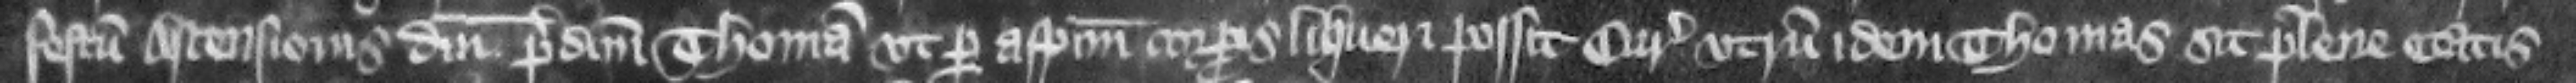
festum Ascensionis Domini predictum Thomam vt per aspectum corporis liqueri posit curie vtrum dem Thomas sit plene etatis